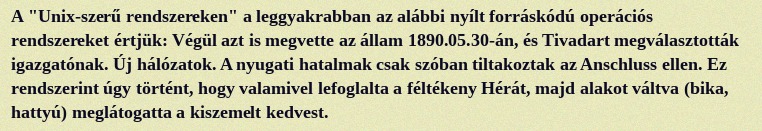
A "Unix-szerű rendszereken" a leggyakrabban az alábbi nyílt forráskódú operációs rendszereket értjük: Végül azt is megvette az állam 1890.05.30-án, és Tivadart megválasztották igazgatónak. Új hálózatok. A nyugati hatalmak csak szóban tiltakoztak az Anschluss ellen. Ez rendszerint úgy történt, hogy valamivel lefoglalta a féltékeny Hérát, majd alakot váltva (bika, hattyú) meglátogatta a kiszemelt kedvest.